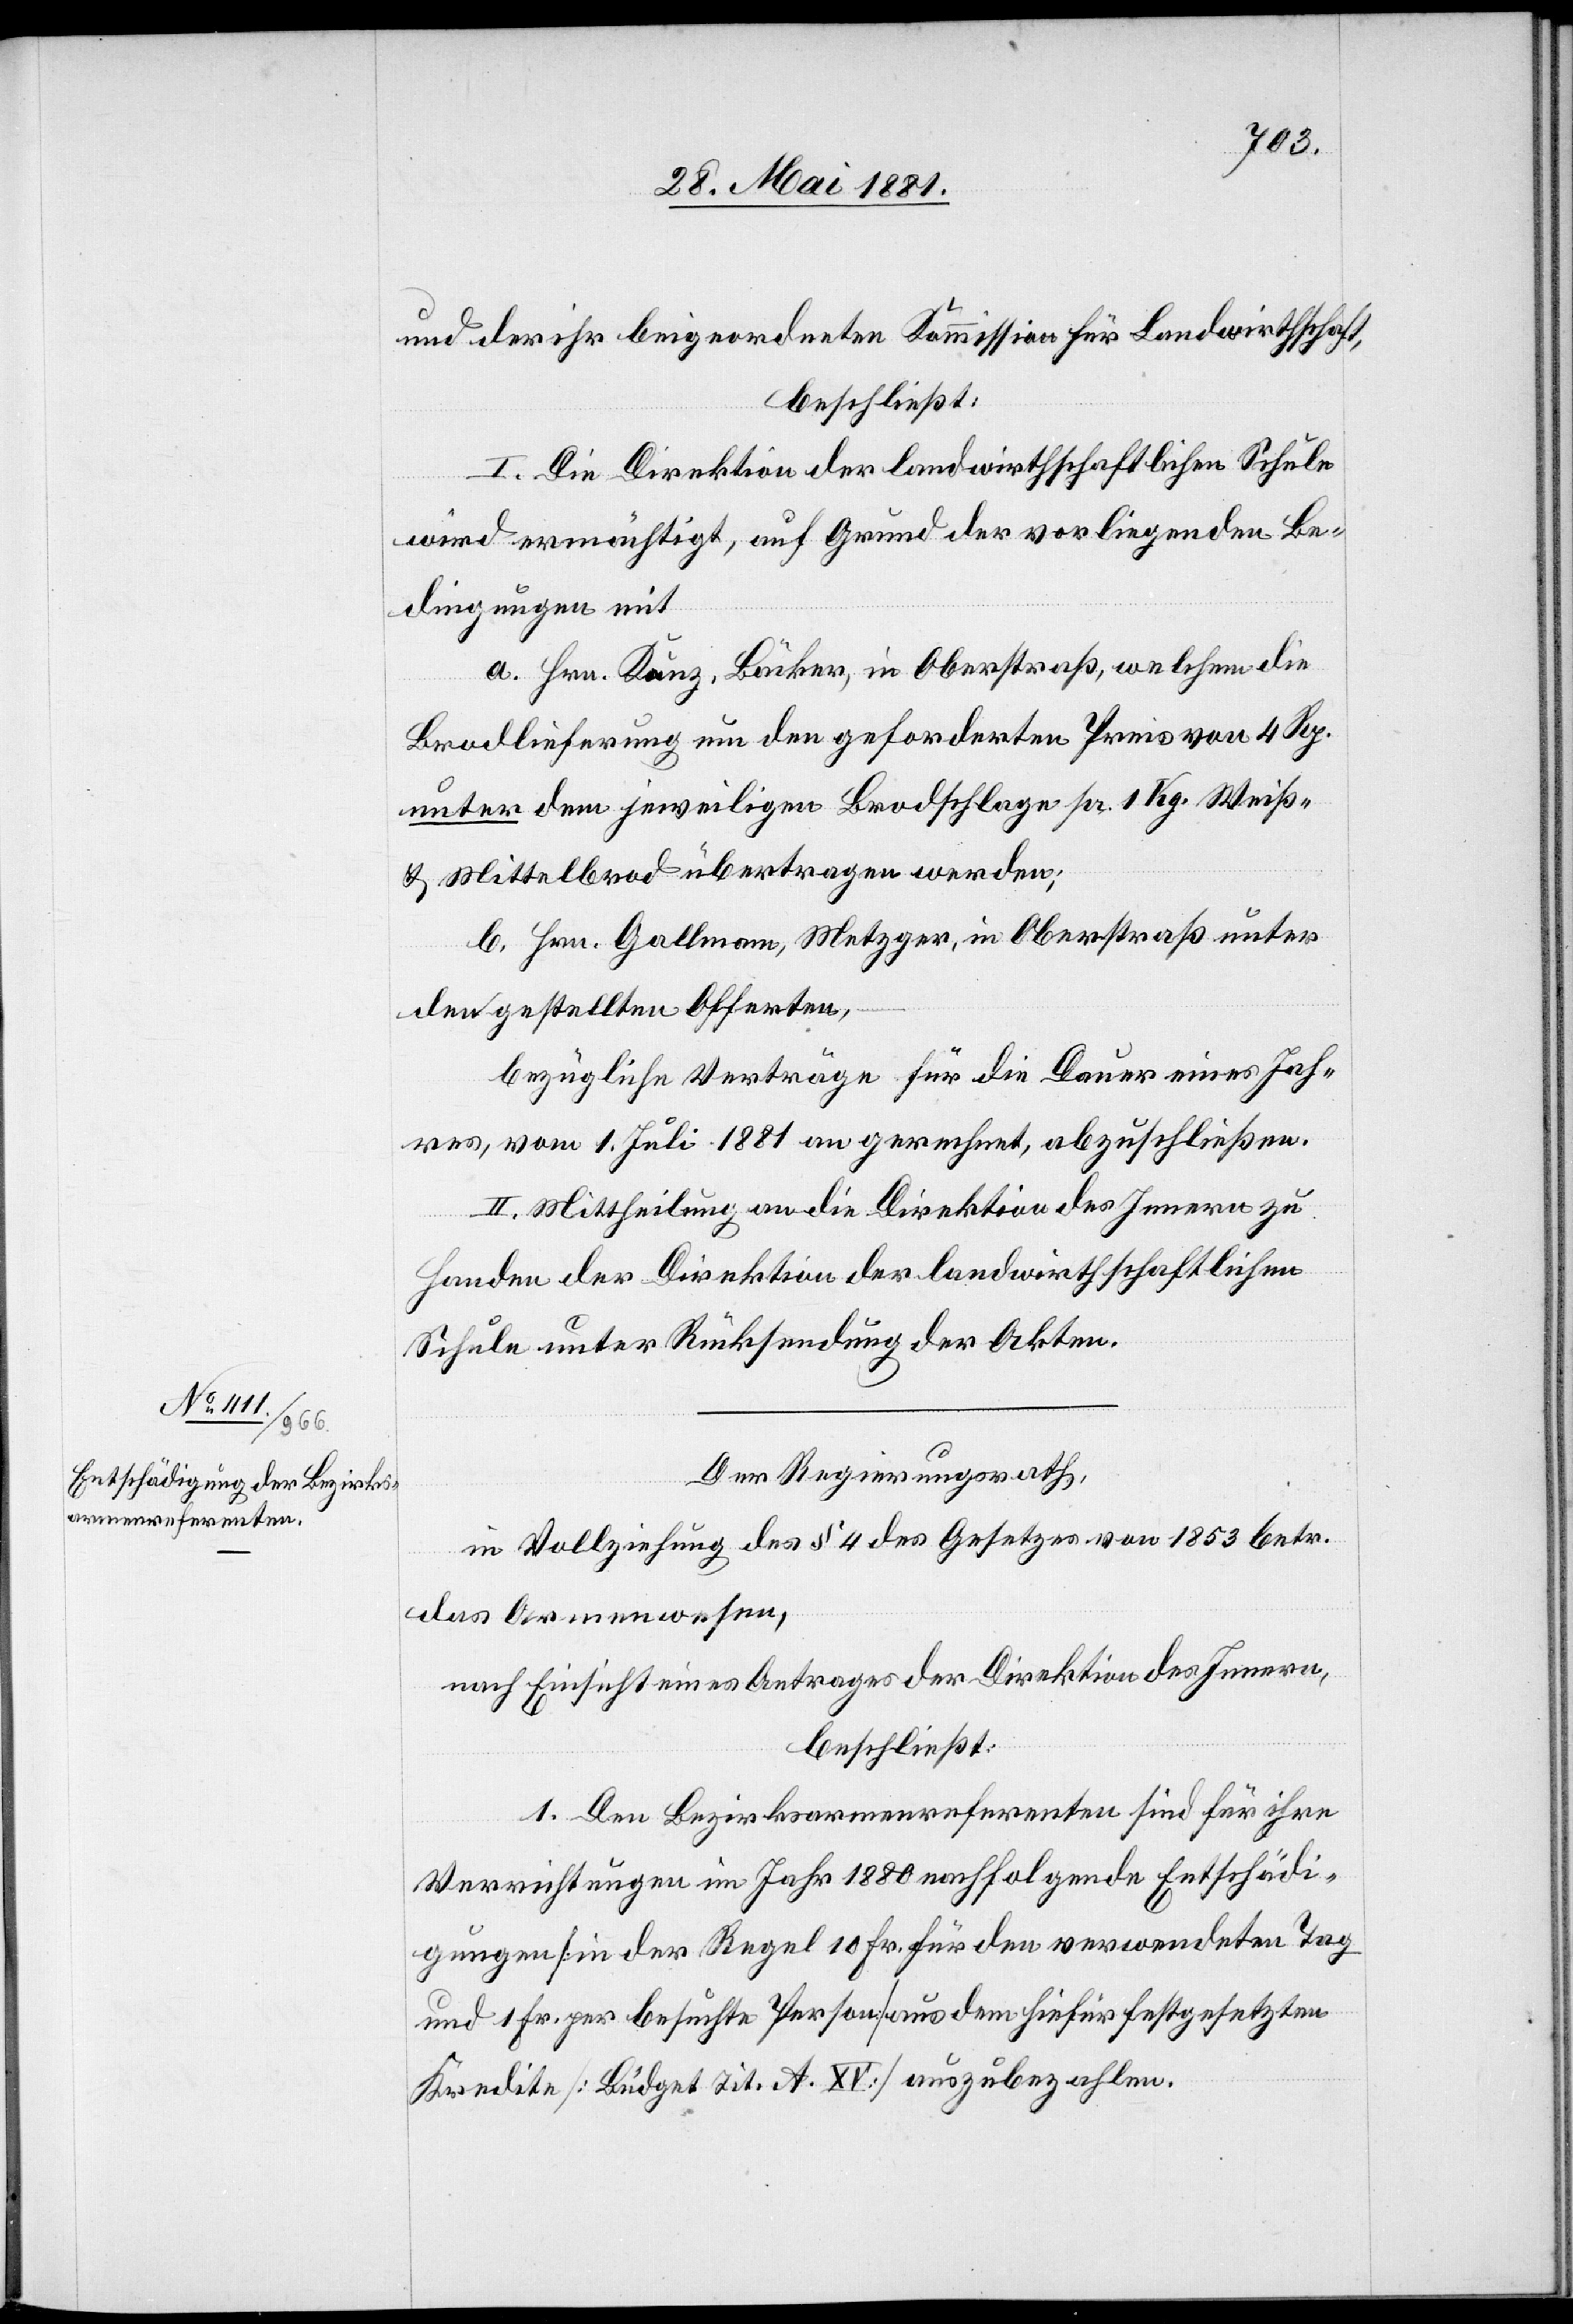
und der ihr beigeordneten Kommission für Landwirthschaft,
beschließt:
I. Die Direktion der landwirthschaftlichen Schule
wird ermächtigt, auf Grund der vorliegenden Be¬
dingungen mit
a. Hrn. Kunz, Bäcker, in Oberstraß, welchem die
Brodlieferung um den geforderten Preis von 4 Rp.
unter dem jeweiligen Brodschlage pr. 1 Kg. Weiß-
& Mittelbrod übertragen werden;
b. Hrn. Gallmann, Metzger, in Oberstraß unter
den gestellten Offerten,
bezügliche Verträge für die Dauer eines Jah¬
res, vom 1. Juli 1881 an gerechnet, abzuschließen.
II. Mittheilung an die Direktion des Innern zu
Handen der Direktion der landwirthschaftlichen
Schule unter Rücksendung der Akten.
Der Regierungsrath,
in Vollziehung des § 4 des Gesetzes von 1853 betr.
das Armenwesen,
nach Einsicht eines Antrages der Direktion des Innern,
beschließt:
1. Den Bezirksarmenreferenten sind für ihre
Verrichtungen im Jahr 1880 nachfolgende Entschädi¬
gungen [in der Regel 10 Fr. für den verwendeten Tag
und 1 Fr. per besuchte Person] aus dem hiefür festgesetzten
Kredite [Büdget Tit. A. XV] auszubezahlen.